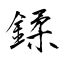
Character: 鍒